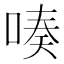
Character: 𠸫